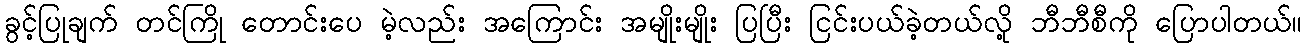
ခွင့်ပြုချက် တင်ကြို တောင်းပေ မဲ့လည်း အကြောင်း အမျိုးမျိုး ပြပြီး ငြင်းပယ်ခဲ့တယ်လို့ ဘီဘီစီကို ပြောပါတယ်။